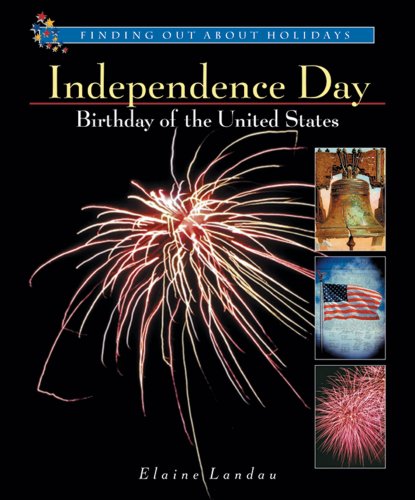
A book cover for Independence Day: Birthday of the United States (Finding Out about Holidays); Elaine Landau; Children's Books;